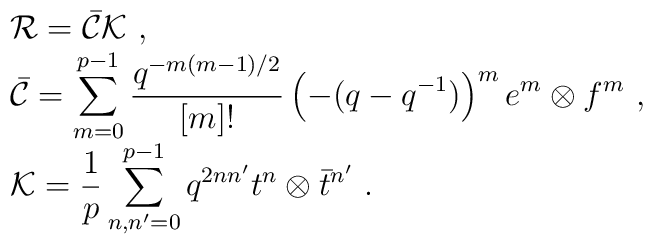
\begin{array}{rcl}& &{\cal R}=\bar{\cal C}{\cal K}~,\\& &\bar{\cal C}=\displaystyle\sum_{m=0}^{p-1}   \frac{q^{-m(m-1)/2}}{[m]!}\left(-(q-q^{-1})\right)^m   e^m\otimes f^m~,\\& &{\cal K}=\displaystyle\frac{1}{p}\sum_{n,n'=0}^{p-1}q^{2nn'}t^n   \otimes\bar{t}^{n'}~.\end{array}